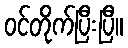
ဝင်တိုက်ပြီးပြီ။